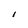
Character: I